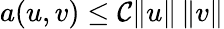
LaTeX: a(u,v)\leq\mathcal{C}\| u\| \, \| v\|